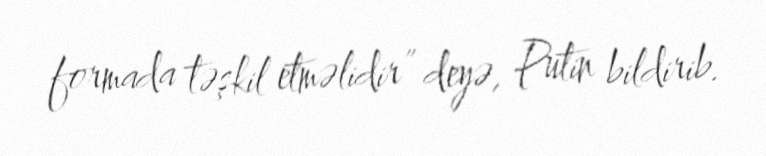
formada təşkil etməlidir” deyə, Putin bildirib.